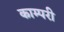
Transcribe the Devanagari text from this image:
काम्परी